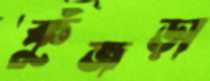
কুঁজড়া